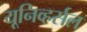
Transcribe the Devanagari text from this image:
यूनिव्हर्सल